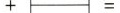
+ =